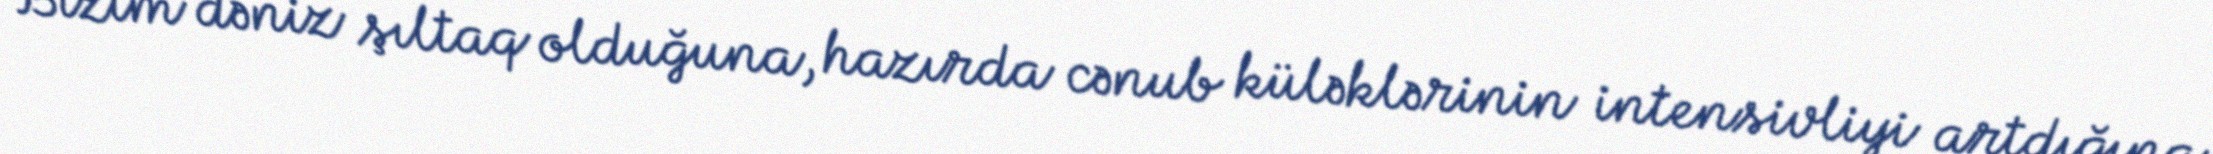
Bizim dəniz şıltaq olduğuna, hazırda cənub küləklərinin intensivliyi artdığına